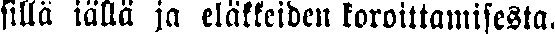
silla iällä ja eläkkeiden koroittamisesta.